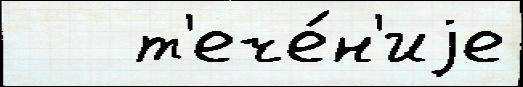
   т'ече́н'иjе